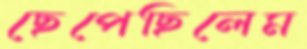
ছেপেছিলেম